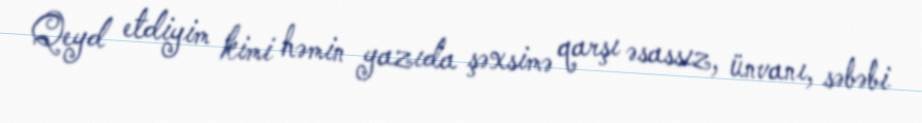
Qeyd etdiyim kimi həmin yazıda şəxsimə qarşı əsassız, ünvanı, səbəbi